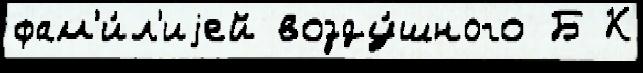
фам'и́л'иjей возду́шного Б К